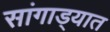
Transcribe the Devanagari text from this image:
सांगाड्यात